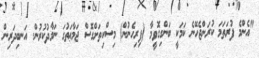
"އެންމެ ފުރަތަމަ ކުރަންޖެހޭނެ ކަމަކީ ބަންގިގޮވީމާ (ފިރިހެނުން) މިސްކިތަށްގޮސް ޖަމާޢަތުގަ ނަމާދުކުރުން. އަނބިދަރިން